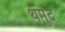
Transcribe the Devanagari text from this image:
थमुद